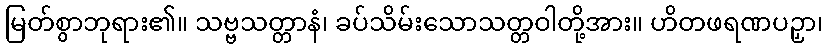
မြတ်စွာဘုရား၏။ သဗ္ဗသတ္တာနံ၊ ခပ်သိမ်းသောသတ္တဝါတို့အား။ ဟိတဖရဏပဉှာ၊